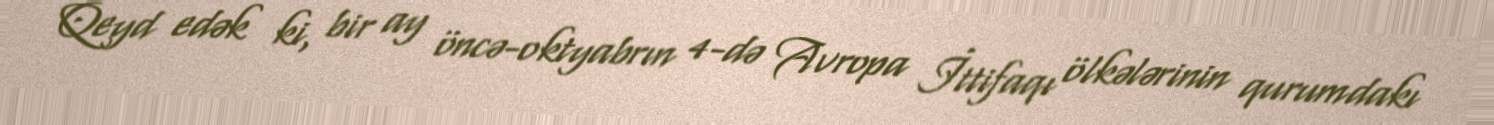
Qeyd edək ki, bir ay öncə-oktyabrın 4-də Avropa İttifaqı ölkələrinin qurumdakı